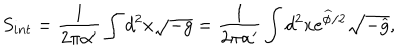
S _ { i n t } = \frac { 1 } { 2 \pi \alpha ^ { \prime } } \int d ^ { 2 } x \sqrt { - g } = \frac { 1 } { 2 \pi \alpha ^ { \prime } } \int d ^ { 2 } x e ^ { \widehat { \phi } / 2 } \sqrt { - \widehat { g } } ,